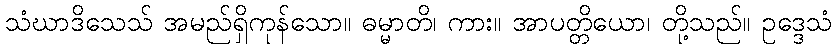
သံဃာဒိသေသ် အမည်ရှိကုန်သော။ ဓမ္မာတိ၊ ကား။ အာပတ္တိယော၊ တို့သည်။ ဥဒ္ဒေသံ